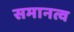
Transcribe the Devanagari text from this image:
समानत्व